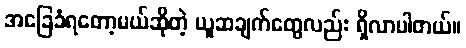
အခြေခံရတော့မယ်ဆိုတဲ့ ယူဆချက်တွေလည်း ရှိလာပါတယ်။